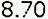
8.70